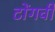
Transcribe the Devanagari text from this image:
टोंगवी